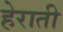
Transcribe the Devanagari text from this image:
हेराती